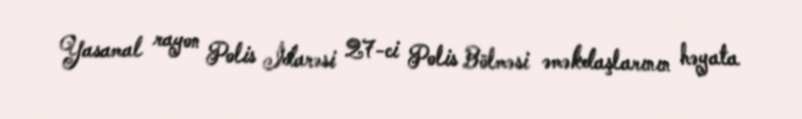
Yasamal rayon Polis İdarəsi 27-ci Polis Bölməsi əməkdaşlarının həyata